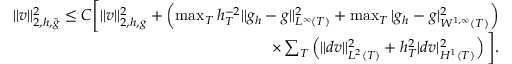
\begin{array} { r } { \| v \| _ { 2 , h , \widetilde { g } } ^ { 2 } \le C \bigg [ \| v \| _ { 2 , h , g } ^ { 2 } + \left( \operatorname* { m a x } _ { T } h _ { T } ^ { - 2 } \| g _ { h } - g \| _ { L ^ { \infty } ( T ) } ^ { 2 } + \operatorname* { m a x } _ { T } | g _ { h } - g | _ { W ^ { 1 , \infty } ( T ) } ^ { 2 } \right) } \\ { \times \sum _ { T } \left( \| d v \| _ { L ^ { 2 } ( T ) } ^ { 2 } + h _ { T } ^ { 2 } | d v | _ { H ^ { 1 } ( T ) } ^ { 2 } \right) \bigg ] . } \end{array}